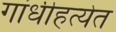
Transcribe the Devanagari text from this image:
गांधीहत्येत